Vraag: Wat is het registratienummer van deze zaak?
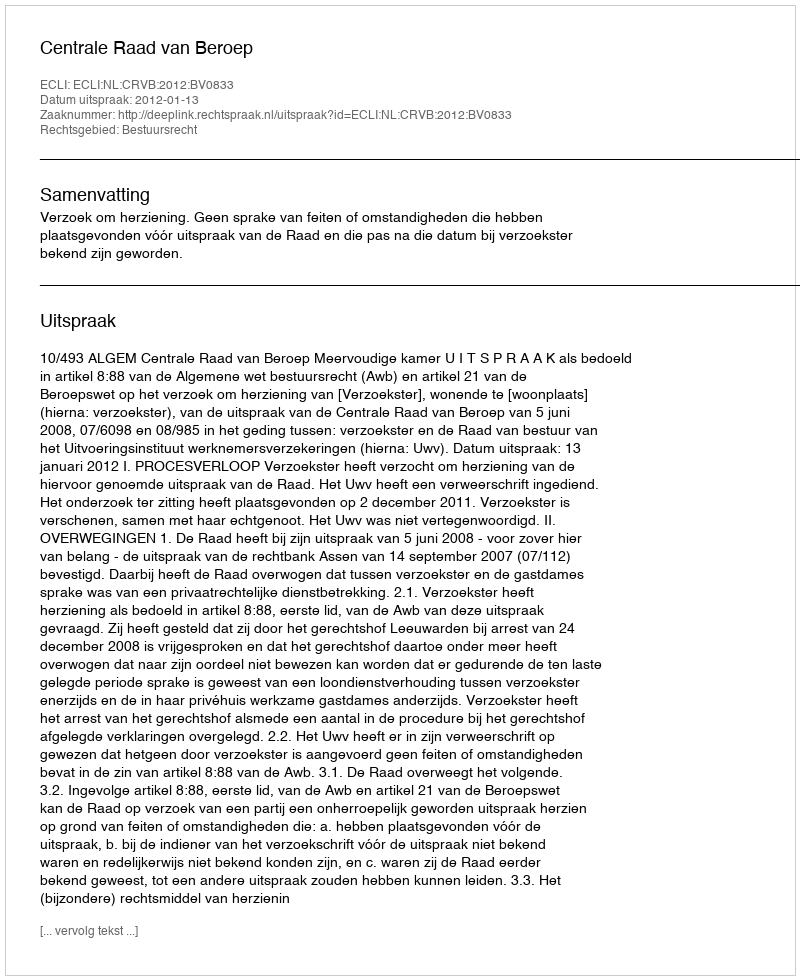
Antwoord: http://deeplink.rechtspraak.nl/uitspraak?id=ECLI:NL:CRVB:2012:BV0833